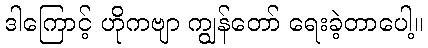
ဒါကြောင့် ဟိုကဗျာ ကျွန်တော် ရေးခဲ့တာပေါ့။